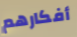
أفكارهم